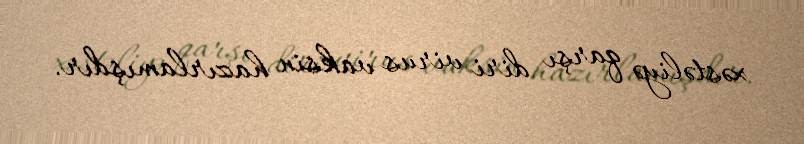
xəstəliyə qarşı diri virus vaksin hazırlamışdır.